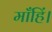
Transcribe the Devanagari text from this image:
माँहिं।